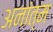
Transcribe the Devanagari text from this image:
अनांत्म